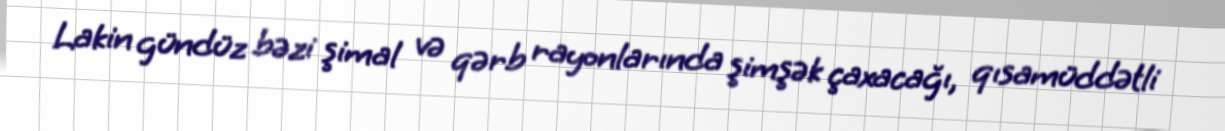
Lakin gündüz bəzi şimal və qərb rayonlarında şimşək çaxacağı, qısamüddətli